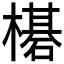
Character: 𬄯